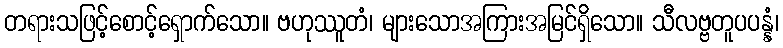
တရားသဖြင့်စောင့်ရှောက်သော။ ဗဟုဿူတံ၊ များသောအကြားအမြင်ရှိသော။ သီလဗ္ဗတူပပန္နံ၊